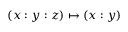
( x : y : z ) \mapsto ( x : y )